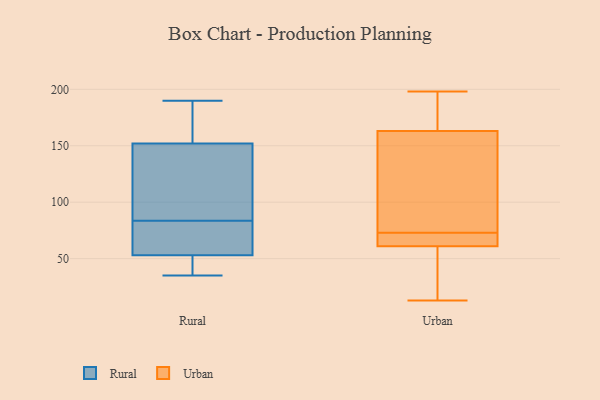
{"axis": {"x": "Page Views", "y": "Value"}, "legend": ["Rural", "Urban"], "data": [{"x": "", "y": 75, "type": "Rural"}, {"x": "", "y": 92, "type": "Rural"}, {"x": "", "y": 155, "type": "Rural"}, {"x": "", "y": 190, "type": "Rural"}, {"x": "", "y": 61, "type": "Rural"}, {"x": "", "y": 140, "type": "Rural"}, {"x": "", "y": 53, "type": "Rural"}, {"x": "", "y": 51, "type": "Rural"}, {"x": "", "y": 152, "type": "Rural"}, {"x": "", "y": 35, "type": "Rural"}, {"x": "", "y": 49, "type": "Urban"}, {"x": "", "y": 81, "type": "Urban"}, {"x": "", "y": 68, "type": "Urban"}, {"x": "", "y": 91, "type": "Urban"}, {"x": "", "y": 198, "type": "Urban"}, {"x": "", "y": 61, "type": "Urban"}, {"x": "", "y": 13, "type": "Urban"}, {"x": "", "y": 163, "type": "Urban"}, {"x": "", "y": 78, "type": "Urban"}, {"x": "", "y": 64, "type": "Urban"}, {"x": "", "y": 17, "type": "Urban"}, {"x": "", "y": 185, "type": "Urban"}, {"x": "", "y": 63, "type": "Urban"}, {"x": "", "y": 180, "type": "Urban"}]}